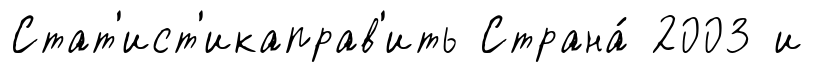
Стат'ист'икаправ'ить Страна́ 2003 и